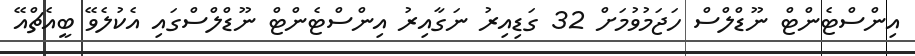
އިންސްޓެންޓް ނޫޑްލްސް ހަޖަމުވުމަށް 32 ގަޑިއިރު ނަގާއިރު އިންސްޓެންޓް ނޫޑްލްސްގައި އެކުލެވޭ ބީއެޗްއޭ